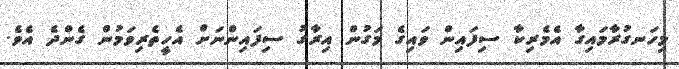
މިހަނގުރާމައިގާ އެމެރިކާ ސިފައިން ވައިގެ މަގުން އިރާގު ސިފައިންނަށް އެހީތެރިވަމުން ގެންދެ އެވެ.